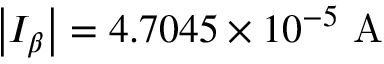
\left| I _ { \beta } \right| = 4 . 7 0 4 5 \times 1 0 ^ { - 5 } \mathrm { ~ A ~ }